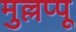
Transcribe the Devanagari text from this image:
मुल्लप्पू